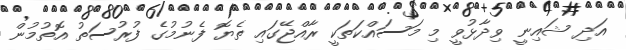
އަދި ޝައިނީ ވިދާޅުވީ މި މަސައްކަތަކީ ރާއްޖޭގައި ތެޔޮ ފެނުމުގެ ފުރުސަތު އޮތުމުން